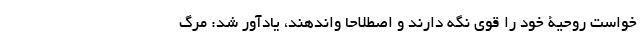
خواست روحیۀ خود را قوی نگه دارند و اصطلاحاً واندهند، یادآور شد: مرگ